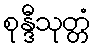
စုန္ဒီသုတ္တံ